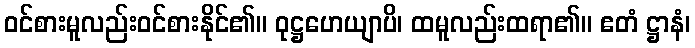
ဝင်စားမူလည်းဝင်စားနိုင်၏။ ဝုဋ္ဌဟေယျာပိ၊ ထမူလည်းထရာ၏။ ဧတံ ဋ္ဌာနံ၊